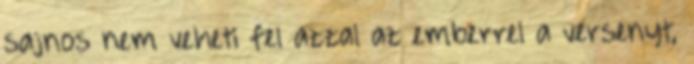
sajnos nem veheti fel azzal az emberrel a versenyt,